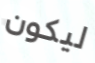
ليكون